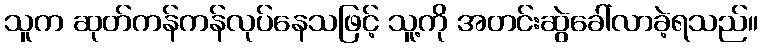
သူက ဆုတ်ကန်ကန်လုပ်နေသဖြင့် သူ့ကို အတင်းဆွဲခေါ်လာခဲ့ရသည်။